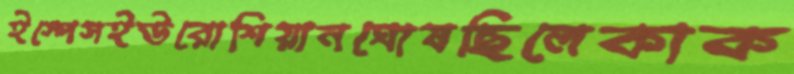
ইস্পেসইউরোশিয়ানঘোষছিলেকাক